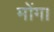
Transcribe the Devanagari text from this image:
मोंग।